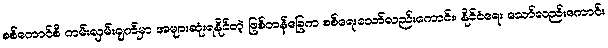
စစ်ကောင်စီ ကမ်းလှမ်းချက်မှာ အများဆုံးရနိုင်တဲ့ ဖြစ်တန်ခြေက စစ်ရေးသော်လည်းကောင်း၊ နိုင်ငံရေး သော်လည်းကောင်း